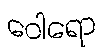
ဝေါရော